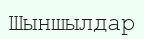
Шыншылдар